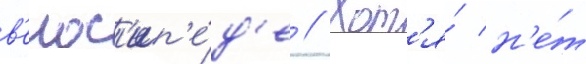
в'елос'ип'е́д'е // Хот'я́ н'е́т